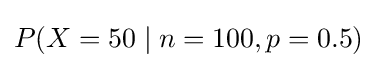
P(X=50\mid n=100,p=0.5)